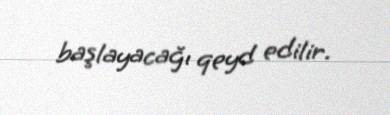
başlayacağı qeyd edilir.